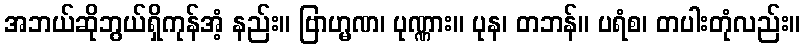
အဘယ်ဆိုဘွယ်ရှိကုန်အံ့ နည်း။ ဗြာဟ္မဏ၊ ပုဏ္ဏား။ ပုန၊ တဘန်။ ပရံစ၊ တပါးတုံလည်း။